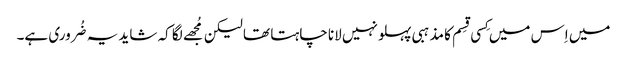
میں اِس میں کِسی قِسم کا مذہبی پہلو نہیں لانا چاہتا تھا لیکن مُجھے لگا کہ شاید یہ ضُروری ہے۔